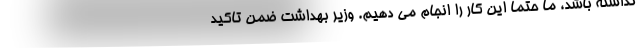
نداشته باشد، ما حتما این کار را انجام می دهیم. وزیر بهداشت ضمن تاکید